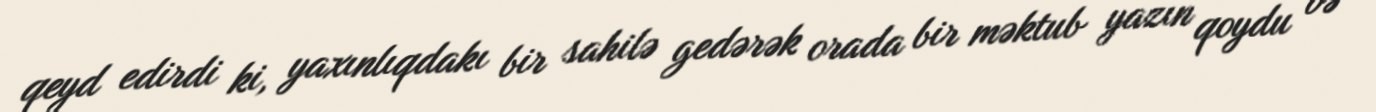
qeyd edirdi ki, yaxınlıqdakı bir sahilə gedərək orada bir məktub yazın qoydu və